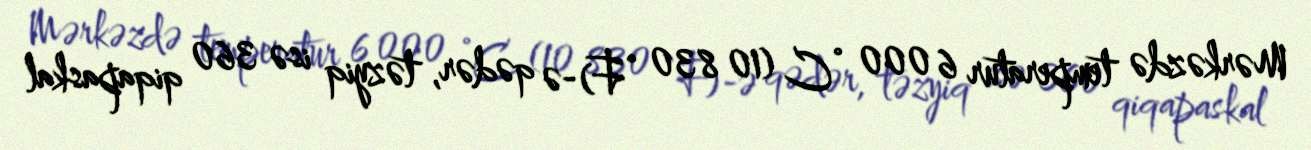
Mərkəzdə temperatur 6 000 °C (10 830 °F)-ə qədər, təzyiq isə 360 qiqapaskal